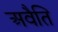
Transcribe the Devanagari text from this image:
अवैति